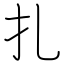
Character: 扎